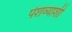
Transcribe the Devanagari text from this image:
पेशव्याशी